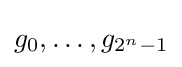
g_{0},\dots ,g_{2^{n}-1}